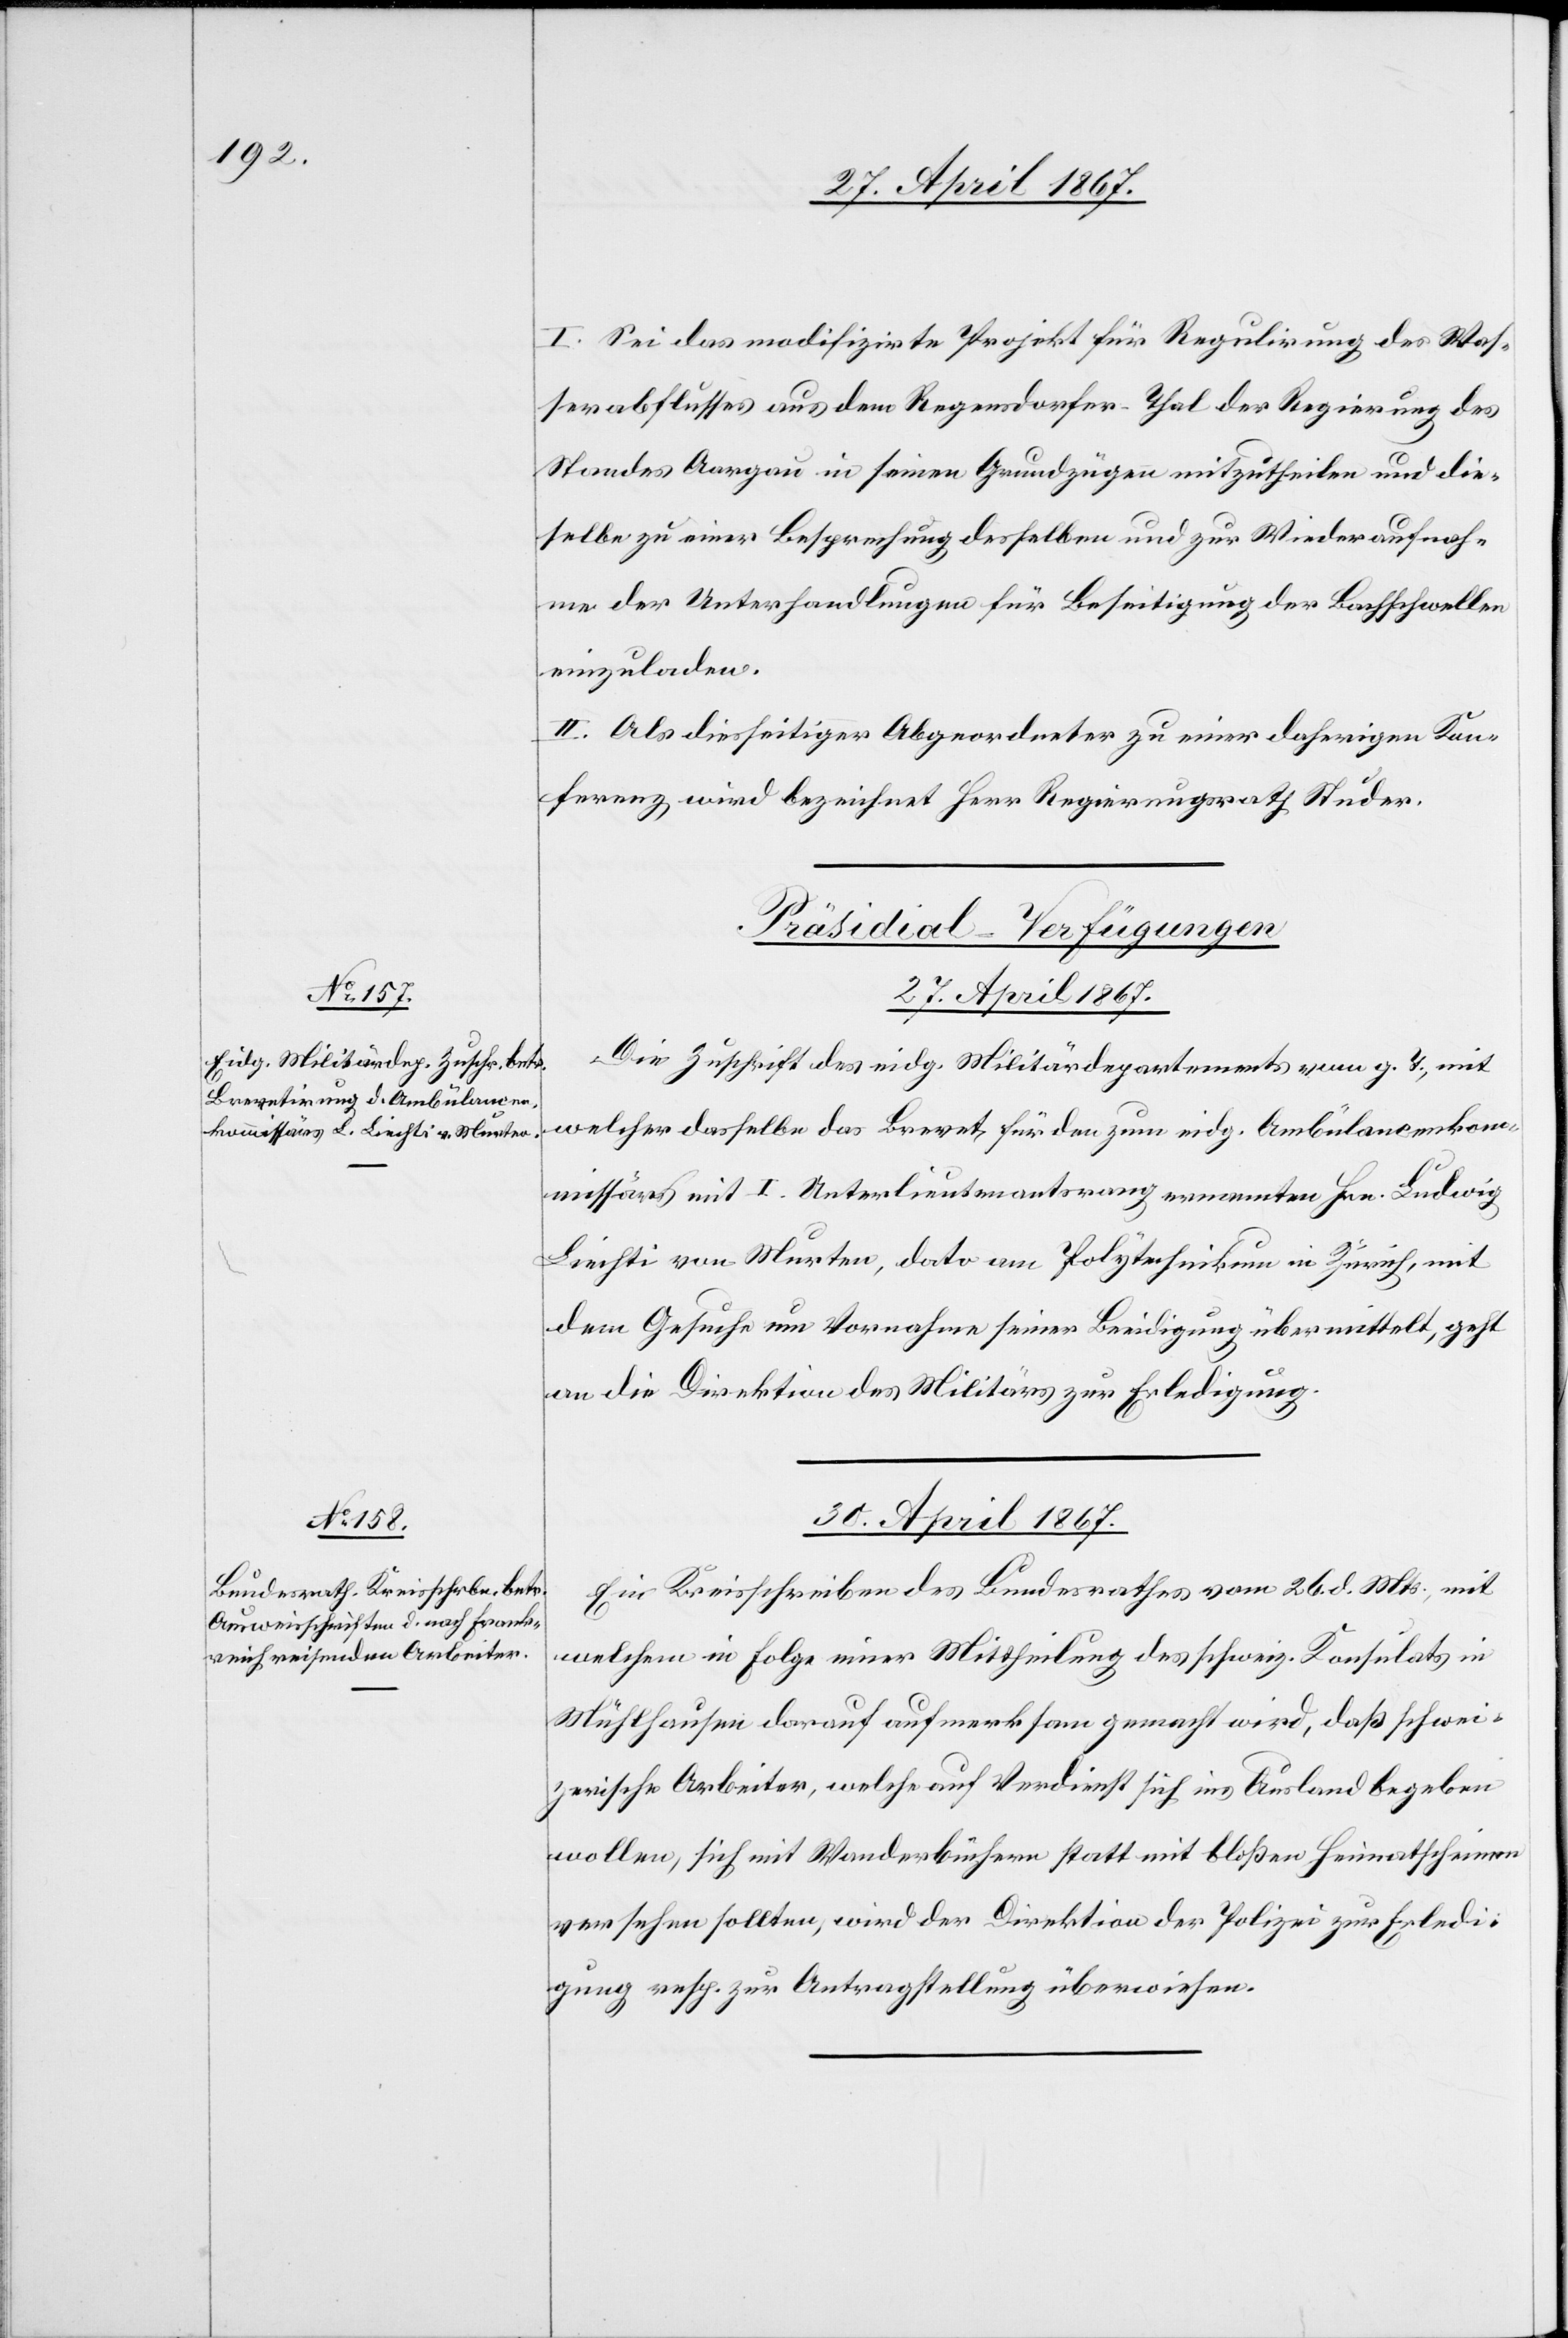
I. Sei das modifizirte Projekt für Regulirung des Was¬
serabflusses aus dem Regensdorfer-Thal der Regierung des
Standes Aargau in seinen Grundzügen mitzutheilen und die¬
selbe zu einer Besprechung desselben und zur Wiederaufnah¬
me der Unterhandlungen für Beseitigung der Beschwerde
einzuladen.
II. Als diesseitiger Abgeordneter zu einer daherigen Kon¬
ferenz wird bezeichnet Herr Regierungsrath Studer.
[Präsidial-Verfügungen]
27. April 1867.
Die Zuschrift des eidg. Militärdepartements vom g. T., mit
welcher dasselbe das Brevet für den zum eidg. Ambulancenkom¬
missärs mit I. Unterlieutenantsrang ernannten Hrn. Ludwig
Liechti von Murten, dato am Polytechnikum in Zürich, mit
dem Gesuche um Vornahme seiner Beeidigung übermittelt, geht
an die Direktion des Militärs zur Erledigung.
30. April 1867.
Ein Kreisschreiben des Bundesrathes vom 26. d. Mts., mit
welchem in Folge einer Mittheilung das schweiz. Konsulats in
Mühlhausen darauf aufmerksam gemacht wird, daß schwei¬
zerische Arbeiter, welche auf Verdienst sich ins Ausland begeben
wollen, sich mit Wanderbüchern statt mit bloßen Heimathscheinen
versehen sollten, wird der Direktion der Polizei zur Erledi¬
gung resp. zur Antragstellung überwiesen.